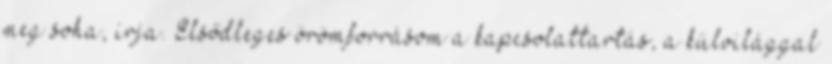
meg soha, írja. Elsődleges örömforrásom a kapcsolattartás, a külvilággal